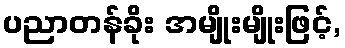
ပညာတန်ခိုး အမျိုးမျိုးဖြင့်,